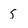
Character: S